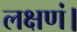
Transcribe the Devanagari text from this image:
लक्षणं।